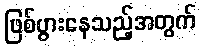
ဖြစ်ပွားနေသည့်အတွက်